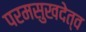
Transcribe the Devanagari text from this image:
परमसुखदेत्व